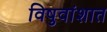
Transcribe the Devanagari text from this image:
विषुवांशात